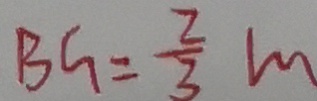
B G = \frac { 2 } { 3 } m